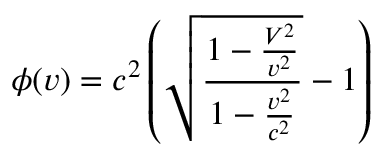
\phi ( v ) = c ^ { 2 } \left( \sqrt { \frac { 1 - \frac { V ^ { 2 } } { v ^ { 2 } } } { 1 - \frac { v ^ { 2 } } { c ^ { 2 } } } } - 1 \right)